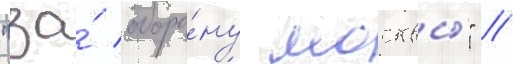
"за́ оборо́ну москвы́" /